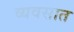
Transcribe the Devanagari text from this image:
व्यवसात